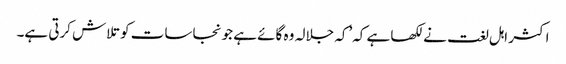
اکثر اہل لغت نے لکھا ہے کہ’کہ جلالہ وہ گائے ہے جو نجاسات کو تلاش کرتی ہے۔